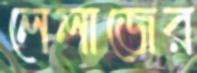
লেলাজের